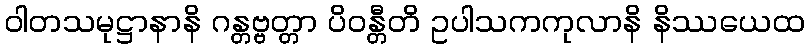
ဝါတသမုဋ္ဌာနာနိ ဂန္တဗ္ဗတ္တာ ပိဝန္တီတိ ဥပါသကကုလာနိ နိဿယေထ